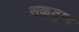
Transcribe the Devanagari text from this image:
सकुटुम्ब